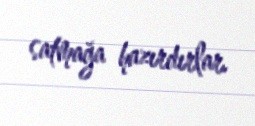
satmağa hazırdırlar.